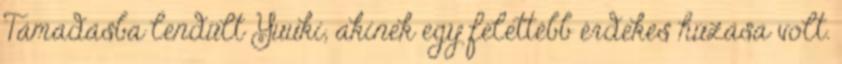
Támadásba lendült Yuuki, akinek egy felettébb érdekes húzása volt.